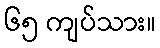
၆၅ ကျပ်သား။